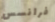
فرانسس